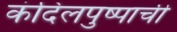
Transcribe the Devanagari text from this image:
कंदिलपुष्पाची